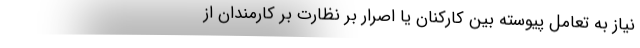
نیاز به تعامل پیوسته بین کارکنان یا اصرار بر نظارت بر کارمندان از